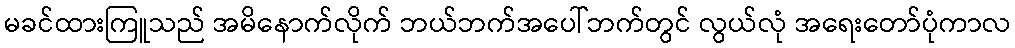
မခင်ထားကြူသည် အမိနောက်လိုက် ဘယ်ဘက်အပေါ်ဘက်တွင် လွယ်လုံ အရေးတော်ပုံကာလ